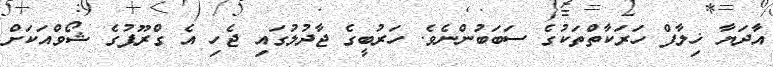
އާދަޔާ ޚިލާފް ހަރަކާތްތަކުގެ ސަބަބުންނެވެ. ހަރުބީގެ ޖާދުލުގައި ޖެހި އެ ގްރޫޕުގެ ޝޯވްއަކަށް